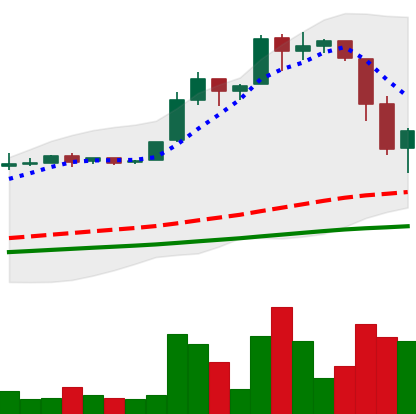
Ticker: BTC-USD
Chart end date: 2016-06-23
Forward return: 3.69%
Label: up_3_5